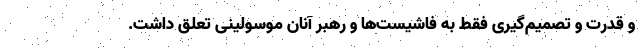
و قدرت و تصمیم‌گیری فقط به فاشیست‌ها و رهبر آنان موسولینی تعلق داشت.